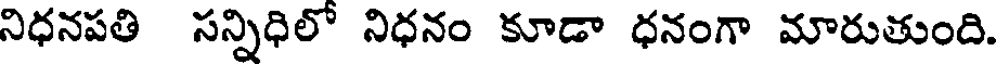
నిధనపతి సన్నిధిలో నిధనం కూడా ధనంగా మారుతుంది.